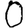
Digit: 0